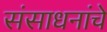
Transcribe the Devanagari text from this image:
संसाधनांचे